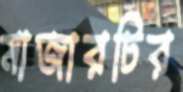
মাজারটির